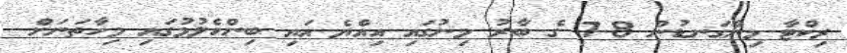
ރިކްޓާ މިންގަނޑުން 7.8 ގެ ބާރު މިނުގައި އިއްޔެ އައި ބިންހެލުމުގައި މިހާތަނަށް